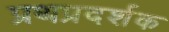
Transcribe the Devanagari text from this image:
प्रथप्रदर्शक